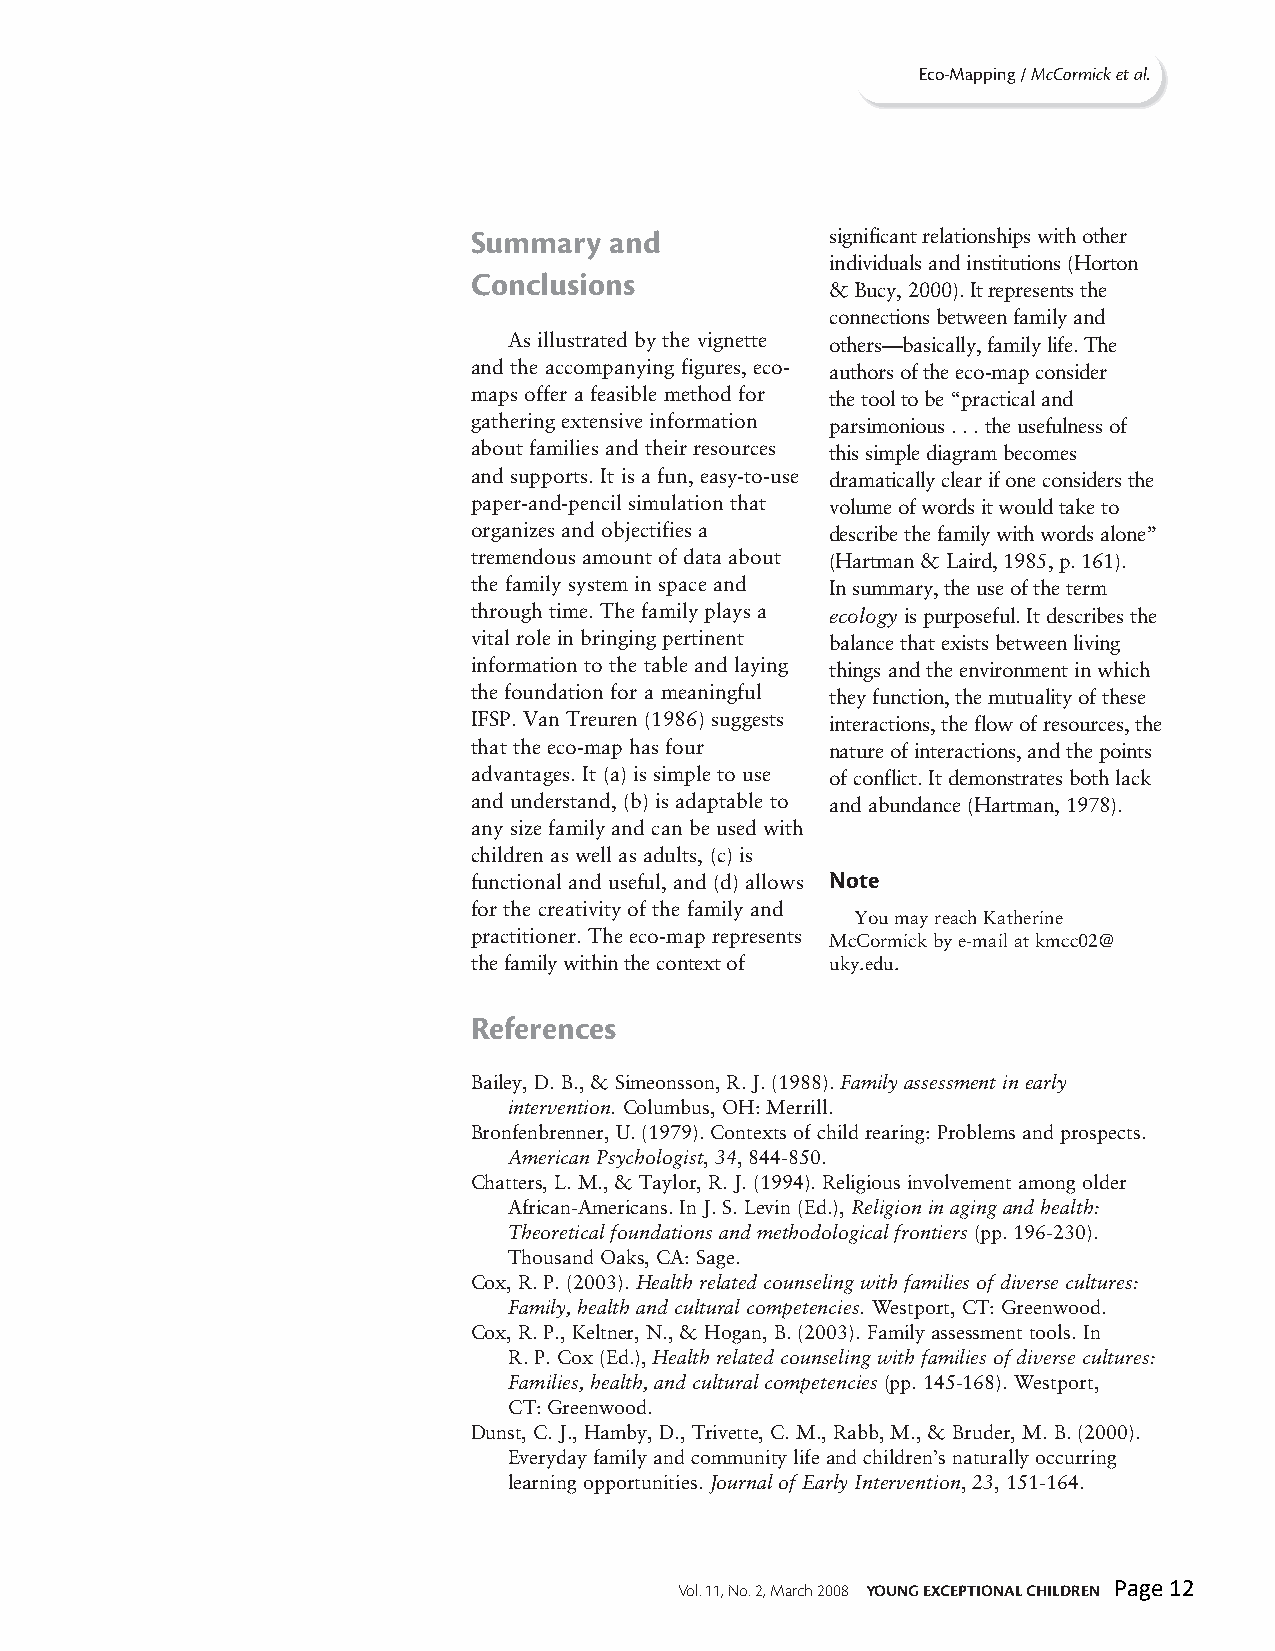
Eco-Mapping / McCormick et al.
 Summary  and            significant relationships with other
 individuals and institutions (Horton
 Conclusions
 & Bucy, 2000). It represents the
 connections between family and
 As illustrated by the vignette others—basically, family life. The
 and the accompanying figures, eco- authors of the eco-map consider
 maps offer a feasible method for the tool to be “practical and
 gathering extensive information parsimonious . . . the usefulness of
 about families and their resources this simple diagram becomes
 and supports. It is a fun, easy-to-use dramatically clear if one considers the
 paper-and-pencil simulation that volume of words it would take to
 organizes and objectifies a describe the family with words alone”
 tremendous amount of data about (Hartman & Laird, 1985, p. 161).
 the family system in space and In summary, the use of theterm
 through time. The family plays a ecology is purposeful. It describes the
 vital role in bringing pertinent balance that exists between living
 information to the table and laying things and the environment in which
 the foundation for a meaningful they function, the mutuality of these
 IFSP. Van Treuren (1986) suggests interactions, the flow of resources, the
 that the eco-map has four nature of interactions, and the points
 advantages. It (a) is simple to use of conflict. It demonstrates both lack
 and understand, (b) is adaptable to and abundance (Hartman, 1978).
 any size family and can be used with
 children as well as adults, (c) is
 functional and useful, and (d) allows Note
 for the creativity of the family and
 You may reach Katherine
 practitioner. The eco-map represents McCormick by e-mail atkmcc02@
 the family within the context of uky.edu.
 References
 Bailey, D. B., & Simeonsson, R. J. (1988). Family assessment in early
 intervention. Columbus, OH: Merrill.
 Bronfenbrenner, U. (1979). Contexts of child rearing: Problems and prospects.
 American Psychologist, 34, 844-850.
 Chatters, L. M., & Taylor, R. J. (1994). Religious involvement among older
 African-Americans. In J. S. Levin (Ed.), Religion in aging and health:
 Theoretical foundations and methodological frontiers(pp. 196-230).
 Thousand Oaks, CA: Sage.
 Cox, R. P. (2003). Health related counseling with families of diverse cultures:
 Family, health and cultural competencies.Westport, CT: Greenwood.
 Cox, R. P., Keltner, N., & Hogan, B. (2003). Family assessment tools. In
 R. P. Cox (Ed.), Health related counseling with families of diverse cultures:
 Families, health, and cultural competencies(pp. 145-168). Westport,
 CT: Greenwood.
 Dunst, C. J., Hamby, D., Trivette, C. M., Rabb, M., & Bruder, M. B. (2000).
 Everyday family and community life and children’s naturally occurring
 learning opportunities. Journal of Early Intervention,23, 151-164.
 Vol. 11, No. 2, March 2008 YOUNG EXCEPTIONAL CHILDREN Page 12